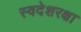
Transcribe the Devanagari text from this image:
स्वदेशरक्षा